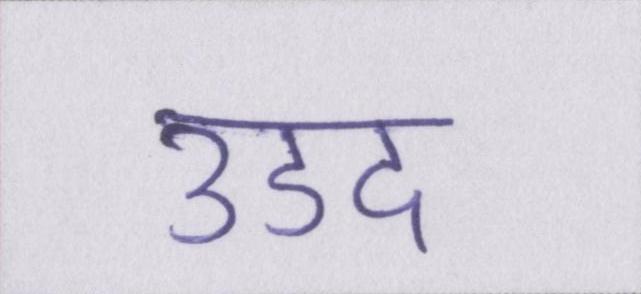
उडद